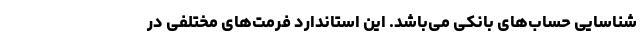
شناسایی حساب‌های بانکی می‌باشد. این استاندارد فرمت‌های مختلفی در